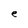
Character: e